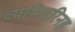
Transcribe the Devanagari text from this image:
व्यभिचरिनह